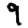
Digit: 9